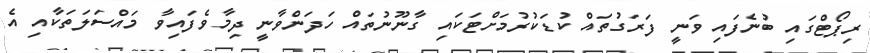
ރިޕޯޓްގައި ބުނެފައި ވަނީ ފަރަގުތައް ކުޑަކުރުމަށްޓަކައި ގާނޫނުތައް ހަދަންވާނީ ދިމާވެފައިވާ މައްސަލަތަކާއި އެ